Lunatic asylums Central Provinces reports 1874-1885 - 1874-1885
Year: 1874
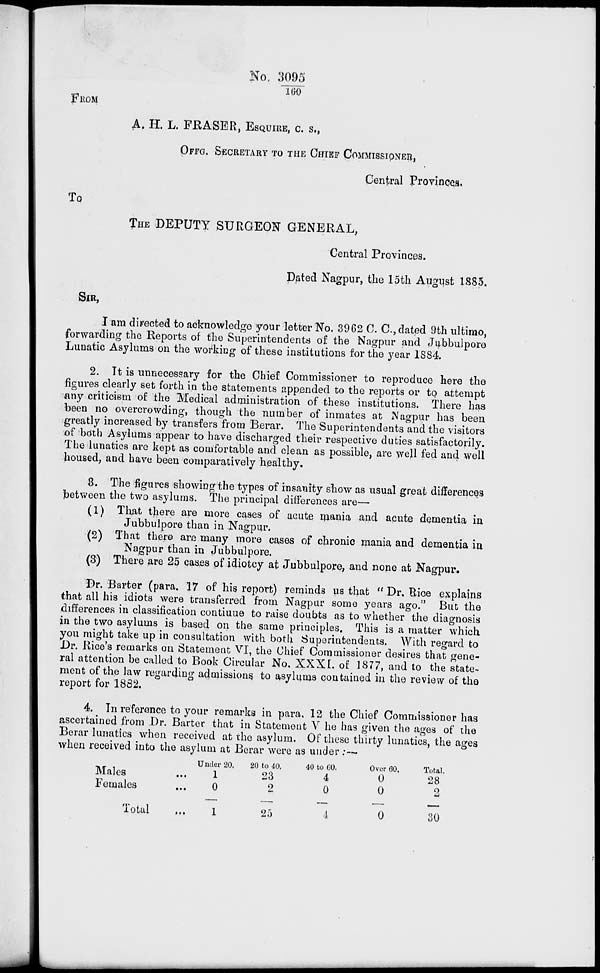
No. 3095/160
FROM
A. H. L. FRASER, ESQUIRE, C. S.,
OFFG. SECRETARY TO THE CHIEF COMMISSIONER,
Central Provinces.
TO
THE DEPUTY SURGEON GENERAL,
Central Provinces.
Dated Nagpur, the 15th August 1885.
SIR,
I am directed to acknowledge your letter No. 3962 C. C., dated 9th ultimo,
forwarding the Reports of the Superintendents of the Nagpur and Jubbulpore
Lunatic Asylums on the working of these institutions for the year 1884.
2. It is unnecessary for the Chief Commissioner to reproduce here the
figures clearly set forth in the statements appended to the reports or to attempt
any criticism of the Medical administration of these institutions. There has
been no overcrowding, though the number of inmates at Nagpur has been
greatly increased by transfers from Berar. The Superintendents and the visitors
of both Asylums appear to have discharged their respective duties satisfactorily.
The lunatics are kept as comfortable and clean as possible, are well fed and well
housed, and have been comparatively healthy.
8. The figures showing the types of insanity show as usual great differences
between the two asylums. The principal differences are—
(1) That there are more cases of acute mania and acute dementia in
Jubbulpore than in Nagpur.
(2) That there are many more cases of chronic mania and dementia in
Nagpur than in Jubbulpore.
(3) There are 25 cases of idiotcy at Jubbulpore, and none at Nagpur.
Dr. Barter (para. 17 of his report) reminds us that " Dr. Rice explains
that all his idiots were transferred from Nagpur some years ago." But the
differences in classification continue to raise doubts as to whether the diagnosis
in the two asylums is based on the same principles. This is a matter which
you might take up in consultation with both Superintendents. With regard to
Dr. Rice's remarks on Statement VI, the Chief Commissioner desires that gene-
ral attention be called to Book Circular No. XXXI. of 1877, and to the state-
ment of the law regarding admissions to asylums contained in the review of the
report for 1882.
4. In reference to your remarks in para. 12 the Chief Commissioner has
ascertained from Dr. Barter that in Statement V he has given the ages of the
Berar lunatics when received at the asylum. Of these thirty lunatics, the ages
when received into the asylum at Berar were as under:—
Males ...
Females ...
Total ...
Under 20.
1
0
1
20 to 40,
23
2
25
40 to 60.
4
0
4
Over 60.
0
0
0
Total.
28
2
30